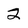
Character: 2